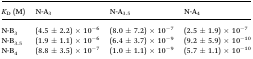
| KD (M) | N-A3 | N-A3.5 | N-A4 |
 | --- | --- | --- | --- |
 | N-B3 | (4.5 ± 2.2) × 10–6 | (8.0 ± 7.2) × 10–7 | (2.5 ± 1.9) × 10–7 |
 | N-B3.5 | (1.9 ± 1.1) × 10–6 | (6.4 ± 3.7) × 10–9 | (9.2 ± 5.9) × 10–10 |
 | N-B4 | (8.8 ± 3.5) × 10–7 | (1.0 ± 1.1) × 10–9 | (5.7 ± 1.1) × 10–10 |